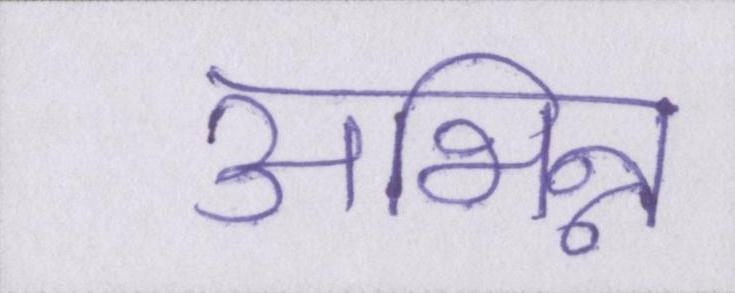
अभिन्न